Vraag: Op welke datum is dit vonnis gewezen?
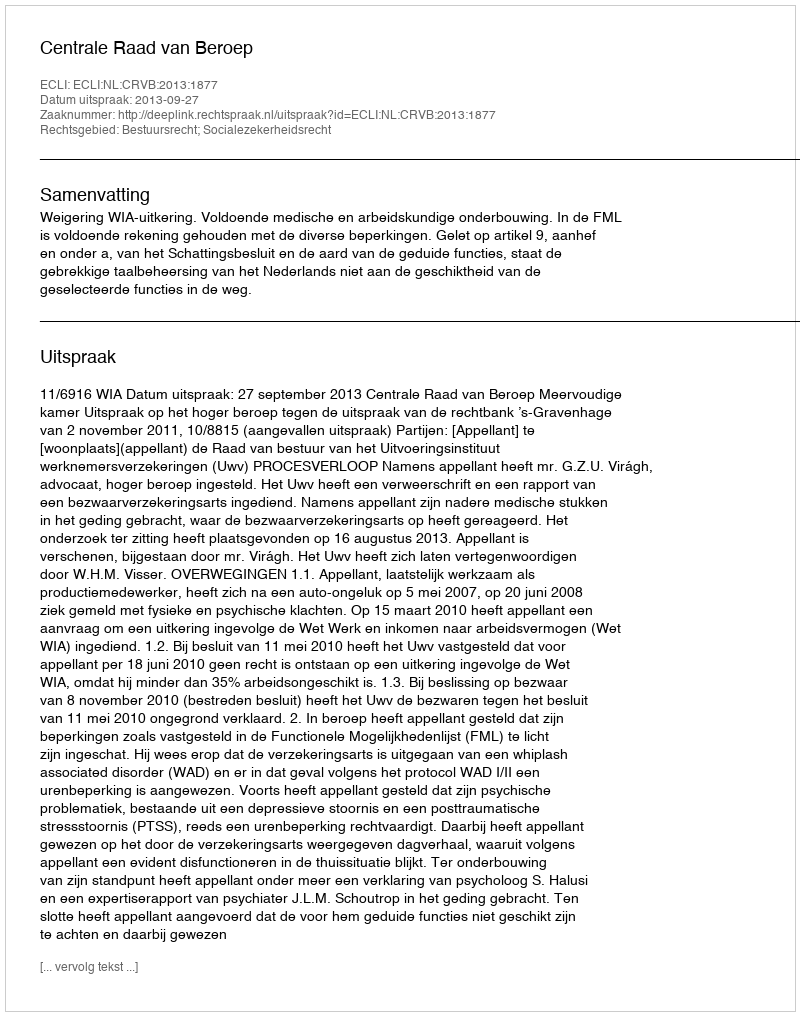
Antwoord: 2013-09-27